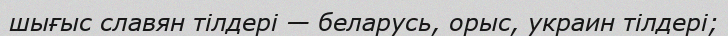
шығыс славян тілдері — беларусь, орыс, украин тілдері;